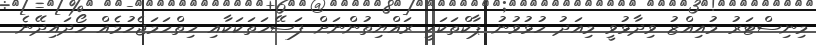
މިނިސްޓަރު މުއިއްޒު ވިދާޅުވީ މިއަދު ހުޅުވުނު ޕާކްތަކަކީ ރައްޔިތުންނަށް ފަސޭހަތަކަކާއި ހިތްހަމަޖެހުމެއް ހޯދައިދޭނެ